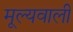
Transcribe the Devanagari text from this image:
मूल्यवाली